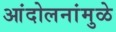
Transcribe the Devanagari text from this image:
आंदोलनांमुळे